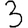
Digit: 3